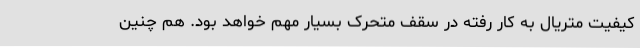
کیفیت متریال به کار رفته در سقف متحرک بسیار مهم خواهد بود. هم چنین